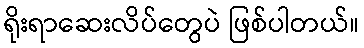
ရိုးရာဆေးလိပ်တွေပဲ ဖြစ်ပါတယ်။